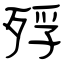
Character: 殍